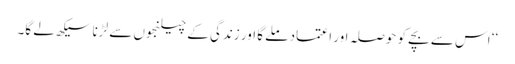
‘‘ اس سے بچے کو حوصلہ اور اعتماد ملے گا اور زندگی کے چیلنجوں سے لڑنا سیکھ لے گا۔